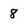
Character: 8